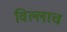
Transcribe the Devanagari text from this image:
विल्लाच